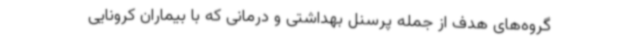
گروه‌های هدف از جمله پرسنل بهداشتی و درمانی که با بیماران کرونایی